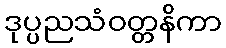
ဒုပ္ပညသံဝတ္တနိကာ